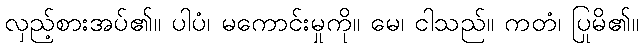
လှည့်စားအပ်၏။ ပါပံ၊ မကောင်းမှုကို။ မေ၊ ငါသည်။ ကတံ၊ ပြုမိ၏။